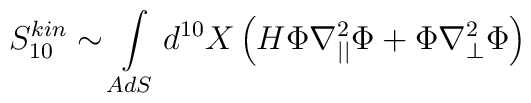
S^{kin}_{10}\sim\int\limits_{AdS}d^{10}X\left(H\Phi\nabla^2_{||}\Phi+\Phi\nabla^2_{\perp}\Phi\right)